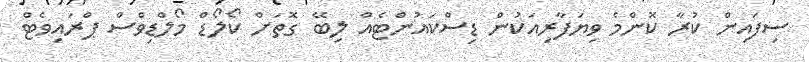
ސިފައިން ކުރާ ކޮންމެ ވިޔަފާރިއަކުން ޑިސްކައުންޓެއް ލިބޭ ގޮތަށް ކޯލޯޑް މޯލްޑިވްސް ޕްރައިވެޓް